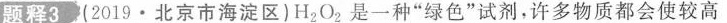
题释3 (2019·北京市海淀区)H_{2}O_{2}是一种”绿色”试剂，许多物质都会使较高